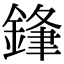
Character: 𮢢